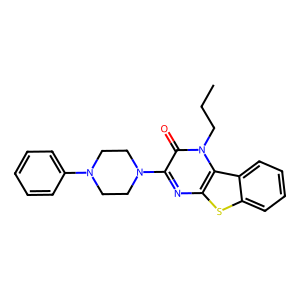
SMILES: CCCn1c(=O)c(N2CCN(c3ccccc3)CC2)nc2sc3ccccc3c21
Inhibits HIV replication: No